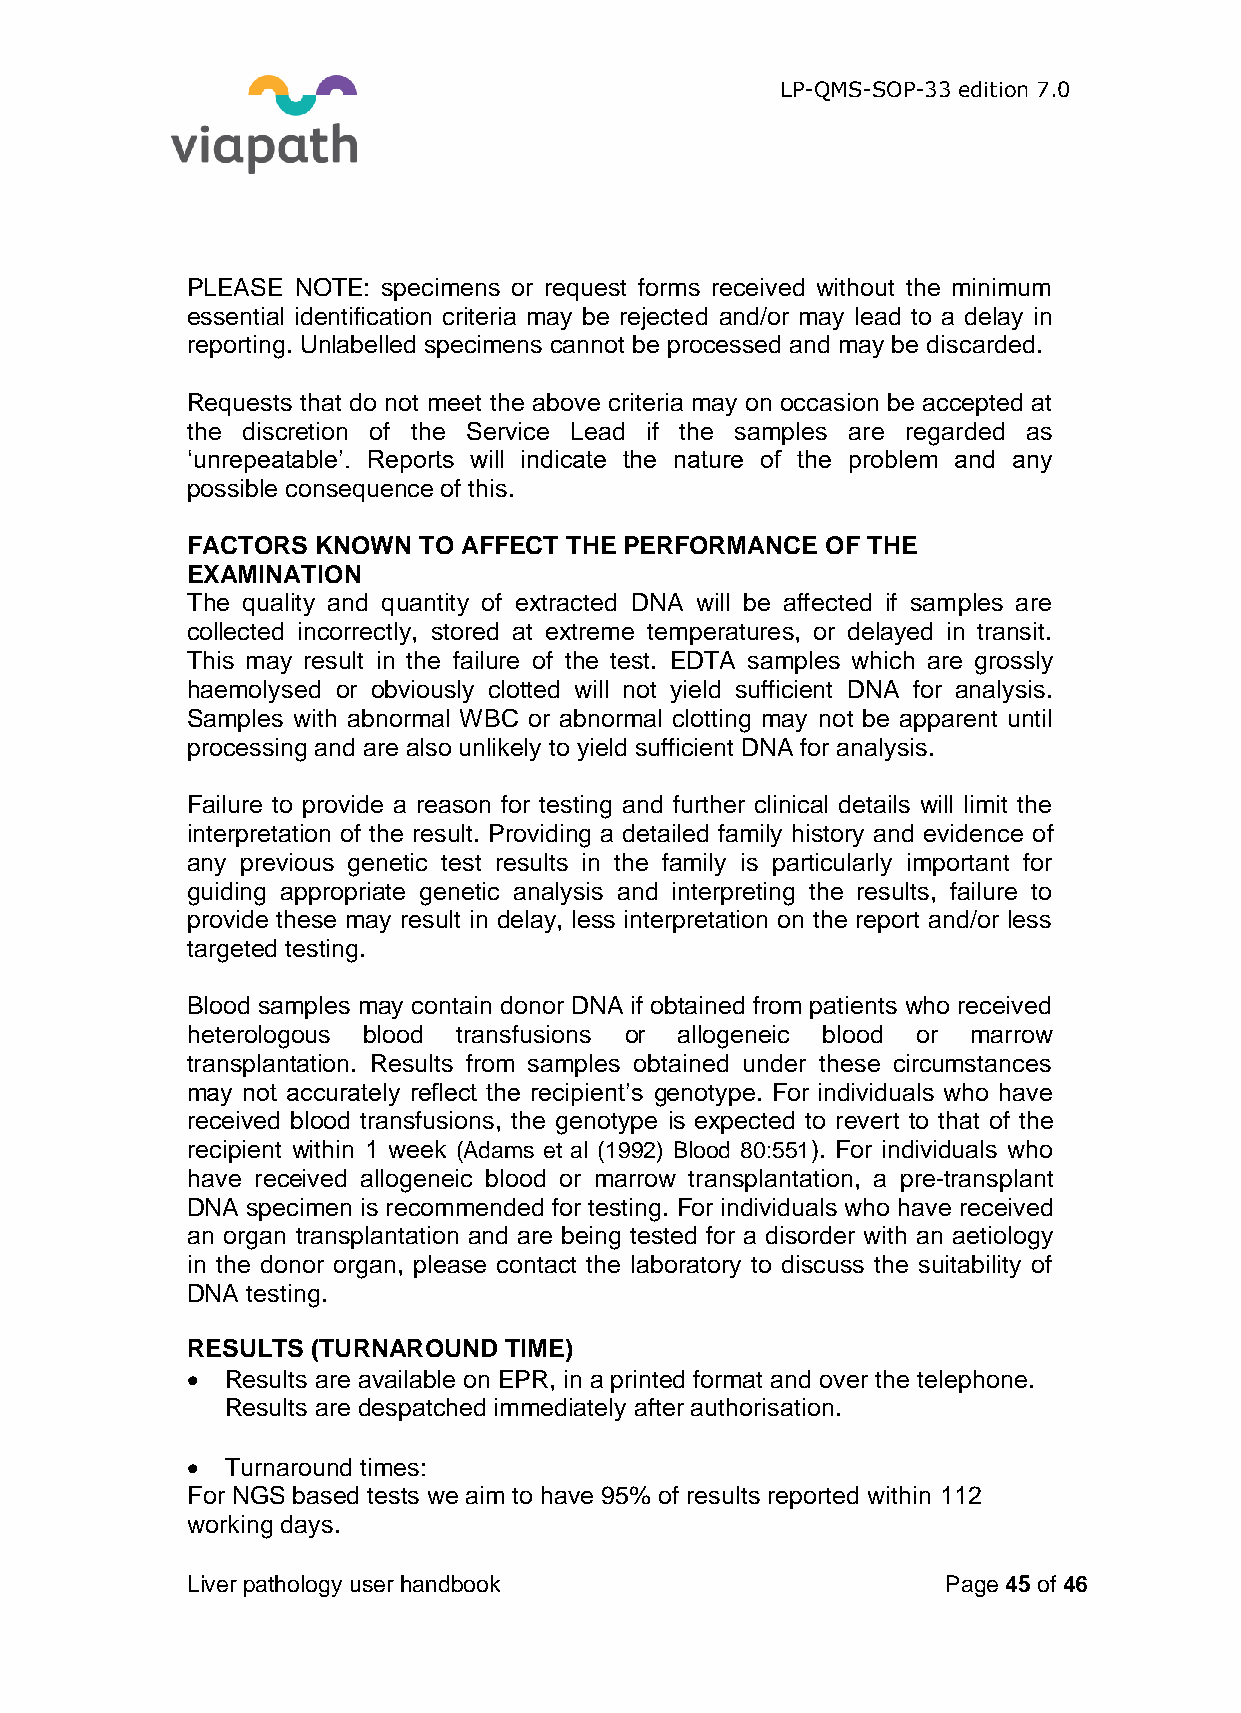
LP-QMS-SOP-33 edition 7.0
 PLEASE NOTE: specimens or request forms received without the minimum
 essential identification criteria may be rejected and/or may lead to a delay in
 reporting. Unlabelled specimens cannot be processed and may be discarded.
 Requests that do not meet the above criteria may on occasion be accepted at
 the discretion of the Service Lead if the samples are regarded as
 ‘unrepeatable’. Reports will indicate the nature of the problem and any
 possible consequence of this.
 FACTORS  KNOWN  TO AFFECT THE PERFORMANCE  OF THE
 EXAMINATION
 The quality and quantity of extracted DNA will be affected if samples are
 collected incorrectly, stored at extreme temperatures, or delayed in transit.
 This may result in the failure of the test. EDTA samples which are grossly
 haemolysed or obviously clotted will not yield sufficient DNA for analysis.
 Samples with abnormal WBC or abnormal clotting may not be apparent until
 processing and are also unlikely to yield sufficient DNA for analysis.
 Failure to provide a reason for testing and further clinical details will limit the
 interpretation of the result. Providing a detailed family history and evidence of
 any previous genetic test results in the family is particularly important for
 guiding appropriate genetic analysis and interpreting the results, failure to
 provide these may result in delay, less interpretation on the report and/or less
 targeted testing.
 Blood samples may contain donor DNA if obtained from patients who received
 heterologous blood transfusions or allogeneic blood or marrow
 transplantation. Results from samples obtained under these circumstances
 may not accurately reflect the recipient’s genotype. For individuals who have
 received blood transfusions, the genotype is expected to revert to that of the
 recipient within 1 week (Adams et al (1992) Blood 80:551). For individuals who
 have received allogeneic blood or marrow transplantation, a pre-transplant
 DNA specimen is recommended for testing. For individuals who have received
 an organ transplantation and are being tested for a disorder with an aetiology
 in the donor organ, please contact the laboratory to discuss the suitability of
 DNA testing.
 RESULTS  (TURNAROUND TIME)
   Results are available on EPR, in a printed format and over the telephone.
 Results are despatched immediately after authorisation.
   Turnaround times:
 For NGS based tests we aim to have 95% of results reported within 112
 working days.
 Liver pathology user handbook                      Page 45 of 46